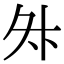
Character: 𭐳